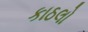
કાઠલો